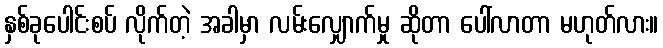
နှစ်ခုပေါင်းစပ် လိုက်တဲ့ အခါမှာ လမ်းလျှောက်မှု ဆိုတာ ပေါ်လာတာ မဟုတ်လား။